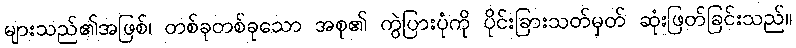
များသည်၏အဖြစ်၊ တစ်ခုတစ်ခုသော အစု၏ ကွဲပြားပုံကို ပိုင်းခြားသတ်မှတ် ဆုံးဖြတ်ခြင်းသည်။